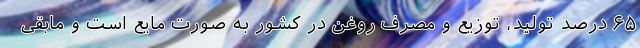
۶۵ درصد تولید، توزیع و مصرف روغن در کشور به صورت مایع است و مابقی